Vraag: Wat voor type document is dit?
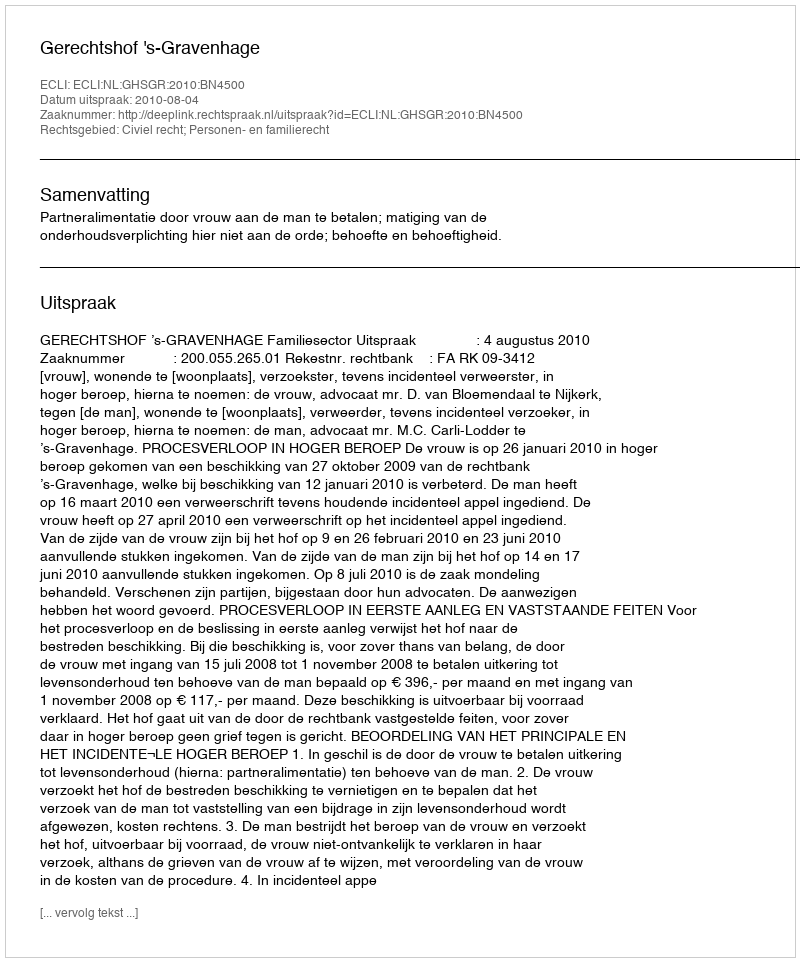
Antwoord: Uitspraak